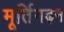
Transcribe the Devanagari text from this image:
मूर्तिगढ़न